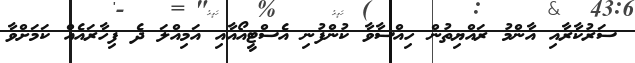
ސަރުކާރާއި އާންމު ރައްޔިތުން ހިއްސާވާ ކުންފުނި އެސްޓީއޯއާއި އަމިއްލަ ދެ ފިހާރައެއް ކަމަށްވާ